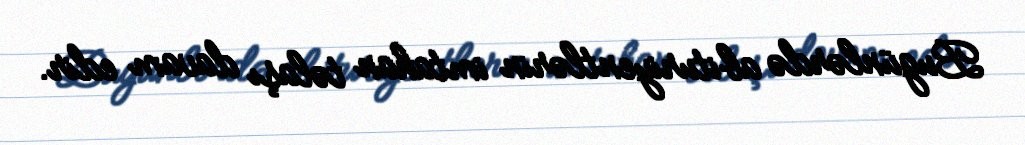
Bugünlərdə abituriyentlərin imtahan təlaşı davam edir.